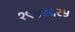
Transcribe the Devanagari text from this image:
१९४२६२५